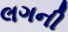
લગની